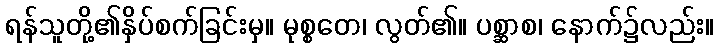
ရန်သူတို့၏နှိပ်စက်ခြင်းမှ။ မုစ္စတေ၊ လွတ်၏။ ပစ္ဆာစ၊ နောက်၌လည်း။